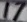
Text: 17